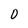
Character: 0